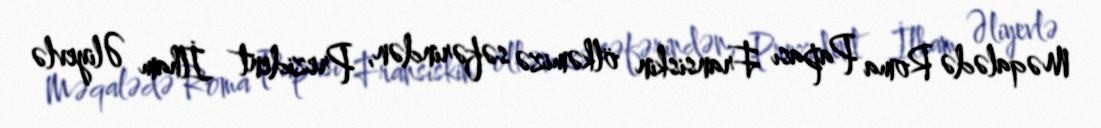
Məqalədə Roma Papası Fransiskin ölkəmizə səfərindən, Prezident İlham Əliyevlə